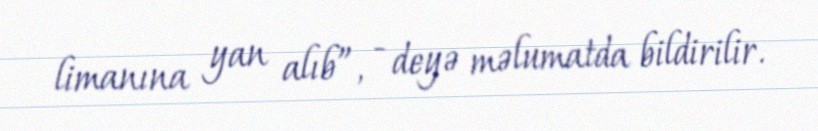
limanına yan alıb”, - deyə məlumatda bildirilir.